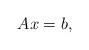
LaTeX: \begin{align*}Ax=b,\end{align*}